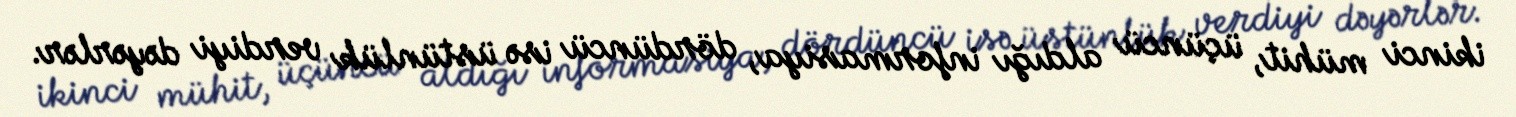
ikinci mühit, üçüncü aldığı informasiya, dördüncü isə üstünlük verdiyi dəyərlər.